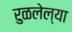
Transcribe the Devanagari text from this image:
रुळलेल्या